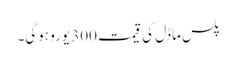
پلس ماڈل کی قیمت 300 یورو ہوگی۔